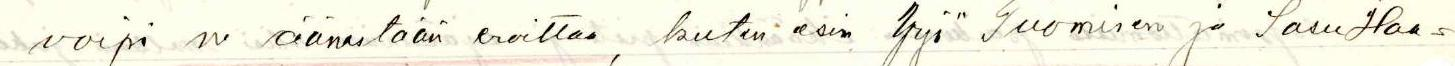
voipi ne äänestään eroittaa, kuten esim Yrjö Tuomisen ja Sasu Haa=